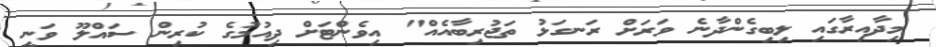
މިދާއިރާގައި ލިބިގެންދާނެ ވަރަށް ރަނގަޅު ތަޖުރިބާއެއް" އިވެންޓަށް ދިއުމުގެ ކުރިން ސައްލޫ ވަނީ